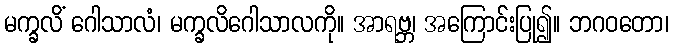
မက္ခလိံ ဂေါသာလံ၊ မက္ခလိဂေါသာလကို။ အာရဗ္ဘ၊ အကြောင်းပြု၍။ ဘဂဝတော၊